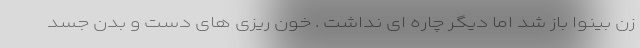
زن بینوا باز شد اما دیگر چاره ای نداشت . خون ریزی های دست و بدن جسد